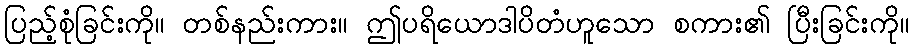
ပြည့်စုံခြင်းကို။ တစ်နည်းကား။ ဤပရိယောဒါပိတံဟူသော စကား၏ ပြီးခြင်းကို။